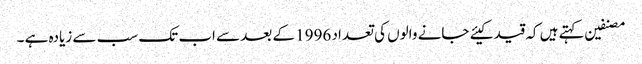
مصنفین کہتے ہیں کہ قید کیئے جانے والوں کی تعداد 1996 کے بعد سے اب تک سب سے زیادہ ہے ۔